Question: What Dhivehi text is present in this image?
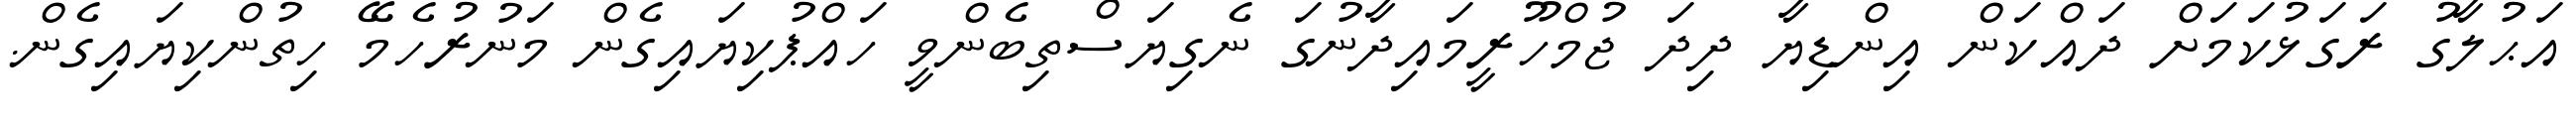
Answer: އަޙުލާގު ރަގަޅުކަމަށް ދައްކަން އިންޑިޔާ ދިދަ ޖުމްހޫރީމައިދާނުގަ ނެގިޔަސްތިބެންވީ ހައްޕުކިޔައިގެން މަނުރުހެމޭ ހިތުންކިޔައިގެން.